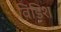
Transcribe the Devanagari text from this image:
विंडिश